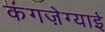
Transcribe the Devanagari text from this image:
कंगज़ेग्याई